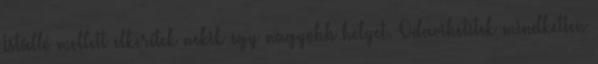
Istálló mellett elkerítek nekik egy nagyobb helyet. Odavihetitek mindketten